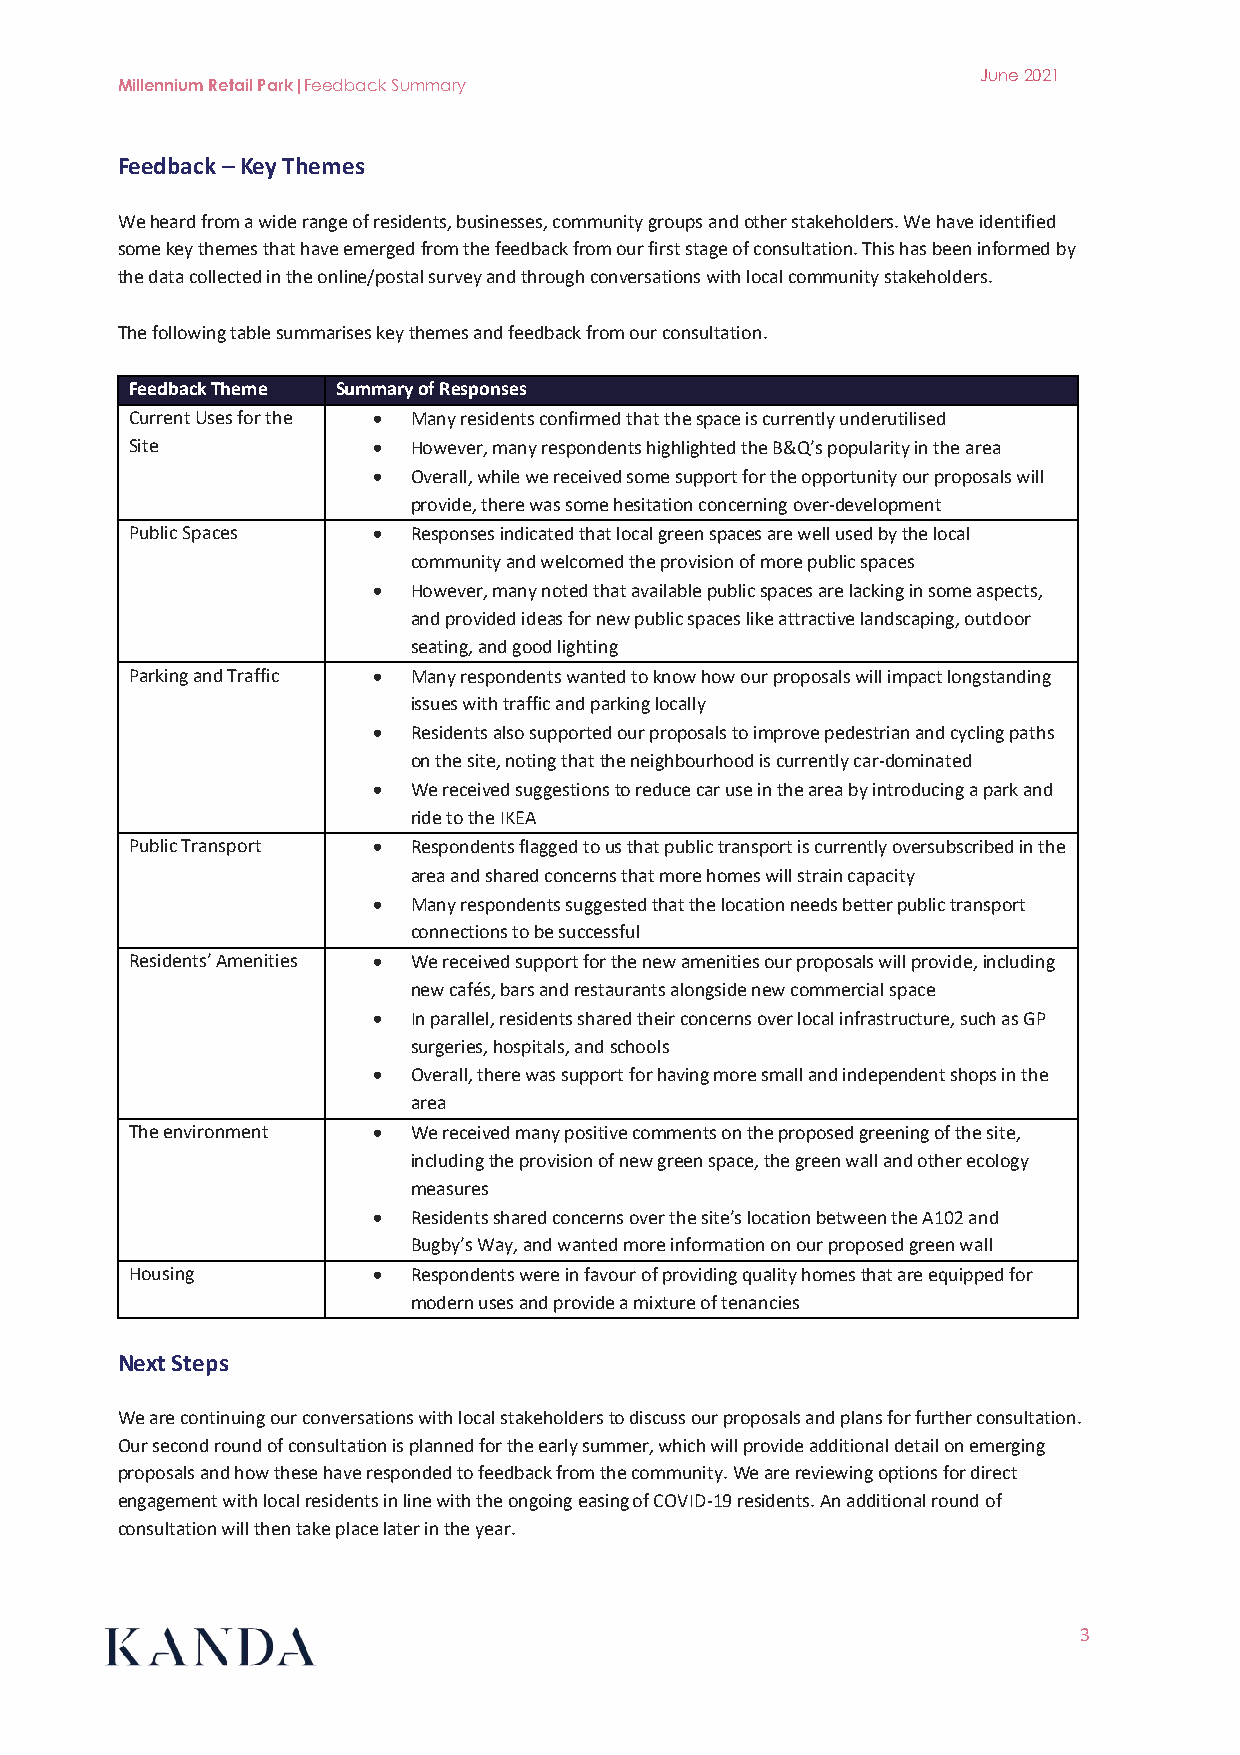
June 2021
 Millennium Retail Park|Feedback Summary
 Feedback – Key Themes
 We heard from a wide range of residents, businesses, community groups and other stakeholders. We have identified
 some key themes that have emerged from the feedback from our first stage of consultation. This has been informed by
 the data collected in the online/postal survey and through conversations with local community stakeholders.
 The following table summarises key themes and feedback from our consultation.
 Feedback Theme Summary of Responses
 Current Uses for the • Many residents confirmed that the space is currently underutilised
 Site            • However, many respondents highlighted the B&Q’s popularity in the area
 • Overall, while we received some support for the opportunity our proposals will
 provide, there was some hesitation concerning over-development
 Public Spaces   • Responses indicated that local green spaces are well used by the local
 community and welcomed the provision of more public spaces
 • However, many noted that available public spaces are lacking in some aspects,
 and provided ideas for new public spaces like attractive landscaping, outdoor
 seating, and good lighting
 Parking and Traffic • Many respondents wanted to know how our proposals will impact longstanding
 issues with traffic and parking locally
 • Residents also supported our proposals to improve pedestrian and cycling paths
 on the site, noting that the neighbourhood is currently car-dominated
 • We received suggestions to reduce car use in the area by introducing a park and
 ride to the IKEA
 Public Transport • Respondents flagged to us that public transport is currently oversubscribed in the
 area and shared concerns that more homes will strain capacity
 • Many respondents suggested that the location needs better public transport
 connections to be successful
 Residents’ Amenities • We received support for the new amenities our proposals will provide, including
 new cafés, bars and restaurants alongside new commercial space
 • In parallel, residents shared their concerns over local infrastructure, such as GP
 surgeries, hospitals, and schools
 • Overall, there was support for having more small and independent shops in the
 area
 The environment • We received many positive comments on the proposed greening of the site,
 including the provision of new green space, the green wall and other ecology
 measures
 • Residents shared concerns over the site’s location between the A102 and
 Bugby’s Way, and wanted more information on our proposed green wall
 Housing         • Respondents were in favour of providing quality homes that are equipped for
 modern uses and provide a mixture of tenancies
 Next Steps
 We are continuing our conversations with local stakeholders to discuss our proposals and plans for further consultation.
 Our second round of consultation is planned for the early summer, which will provide additional detail on emerging
 proposals and how these have responded to feedback from the community. We are reviewing options for direct
 engagement with local residents in line with the ongoing easing of COVID-19 residents. An additional round of
 consultation will then take place later in the year.
 3